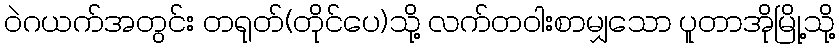
ဝဲဂယက်အတွင်း တရုတ်(တိုင်ပေ)သို့ လက်တဝါးစာမျှသော ပူတာအိုမြို့သို့